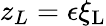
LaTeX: z_{L}=\epsilon\xi_{\mathrm{{L}}}